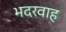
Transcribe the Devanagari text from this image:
भदरवाह